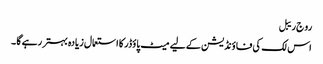
رو ج ریبل
اس لک کی فا ؤنڈیشن کے لیے میٹ پاؤڈر کا استعمال زیادہ بہتر رہے گا ۔